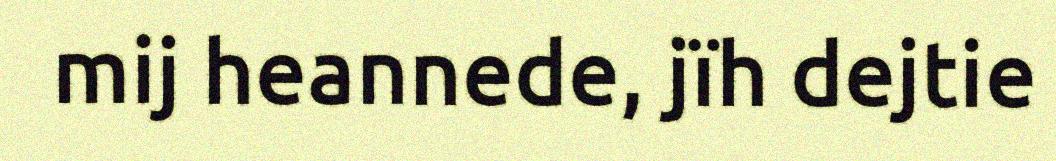
mij heannede, jïh dejtie